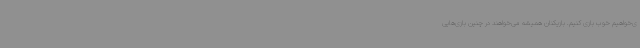
ی‌خواهیم خوب بازی کنیم. بازیکنان همیشه می‌خواهند در چنین بازی‌هایی